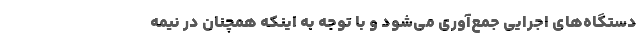
دستگاه‌های اجرایی جمع‌آوری می‌شود و با توجه به اینکه همچنان در نیمه